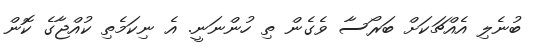
ބުނެލި އެއްޗަކަށް ބަރޯސާ ވެގެން ތި ހުންނަނީ. އެ ނިކަމެތި ކުއްޖާގެ ކޮން